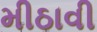
મીઠાવી